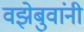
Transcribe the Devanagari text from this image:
वझेबुवांनी